Leaving Certificate, 1899
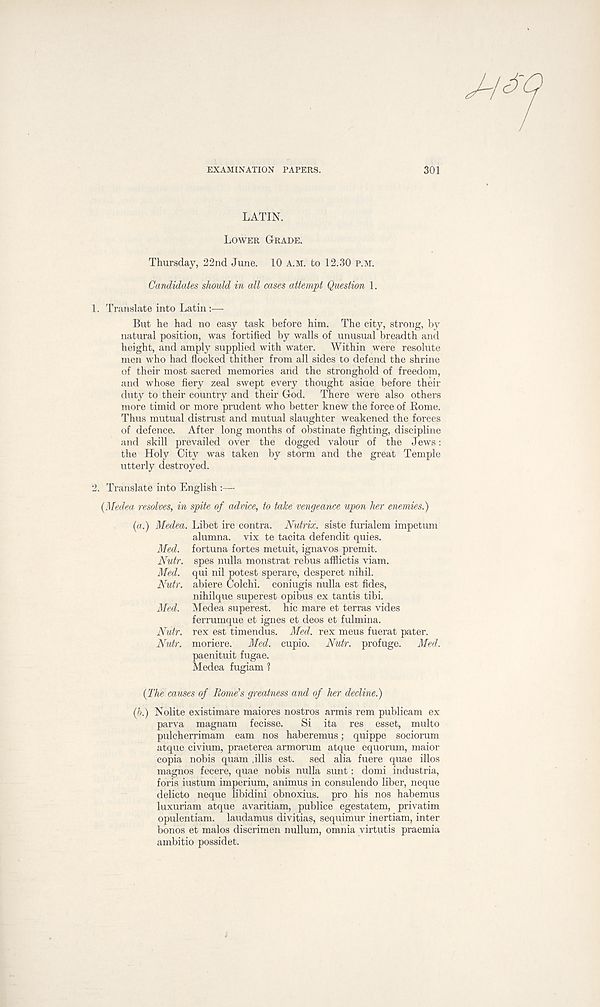
EXAMINATION PAPERS.
301
LATIN.
LOWER GRADE.
Thursday, 22nd June. 10 A.M. to 12.30 P.M.
Candidates should in all cases attempt Question 1.
1. Translate into Latin:—
But he had no easy task before him. The city, strong, by
natural position, was fortified by walls of unusual breadth and
height, and amply supplied with water. Within were resolute
men who had flocked thither from all sides to defend the shrine
of their most sacred memories and the stronghold of freedom,
and whose fiery zeal swept every thought asiae before their
duty to their country and their God.
There were also others
more timid or more prudent who better knew the force of Rome.
Thus mutual distrust and mutual slaughter weakened the forces
of defence. After long months of obstinate fighting, discipline
and skill prevailed over the dogged valour of the Jews:
the Holy City was taken by storm and the great Temple
utterly destroyed.
2. Translate into English :—
(Medea resolves, in spite of advice, to take vengeance upon her enemies)
(a.) Medea. Libet ire contra. Nutrix. siste furialem impetum
alumna, vix te tacita defendit quies.
Med. fortuna fortes metuit, ignavos premit.
Nutr. spes nulla monstrat rebus afflictis viam.
Med. qui nil potest sperare, desperet nihil.
Nutr. abiere Colchi. coniugis nulla est fides,
nihilque superest opibus ex tantis tibi.
Med. Medea superest. hie mare et terras vides
ferrumque et ignes et deos et fulmina.
Nutr. rex est timendus. Med. rex meus fuerat pater.
Nutr. moriere.
Med. cupio.
Nutr. profuge.
Med.
paenituit fugae.
Medea fugiam ?
(The causes of Rome's greatness and of her decline.)
(b.) Nolite existimare maiores nostros armis rem publicam ex
parva magnam fecisse.
Si ita res esset, multo
pulcherrimam earn nos haberemus; quippe sociorum
atque civium, praeterea armorum atque equorum, maior
copia nobis quam ,illis est.
sed alia fuere quae illos
magnos fecere, quae nobis nulla sunt: domi industria,
foris iustum imperium, animus in consulendo liber, neque
delicto neque libidini obnoxius. pro his nos habemus
luxuriam atque avaritiam, publice egestatem, privatim
opulentiam. laudamus divitias, sequimur inertiam, inter
bonos et malos discrimen nullum, omnia virtutis praemia
ambitio possidet.